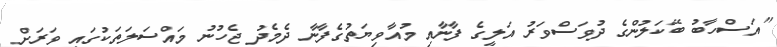
"އަސްހާބު ބޭކަލުންގެ ދުވަސްވަރު އަލީގެ ފާނާއި މުއާވިޔަތުގެފާނާ ދެމެދު ޖެހުނު މައްސަލަތަކުގައި ވަރަށް